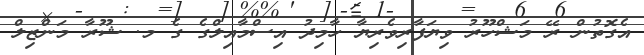
އެގޮތުން ރޭ މަޝްހޫރު ވިޔަފާރިވެރިޔާ ހާމިދު އިސްމާއިލްގެ ގެ މ. ޝޫރާ މަންޒިލް